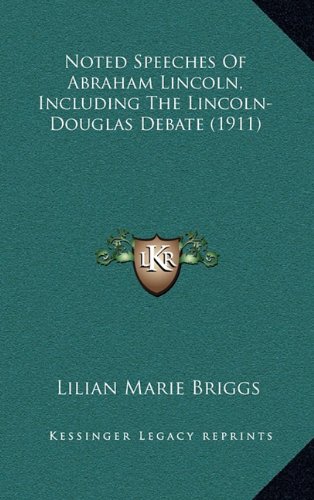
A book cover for Noted Speeches Of Abraham Lincoln, Including The Lincoln-Douglas Debate (1911); Literature & Fiction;